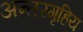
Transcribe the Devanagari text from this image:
अन्तरगृहिय